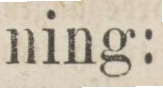
ning: